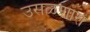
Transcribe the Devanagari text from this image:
उसळणारा